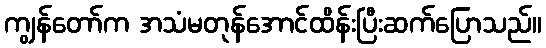
ကျွန်တော်က အသံမတုန်အောင်ထိန်းပြီးဆက်ပြောသည်။